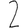
Digit: 2